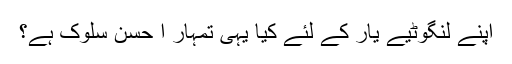
اپنے لنگوٹیے یار کے لئے کیا یہی تمہار ا حسنِ سلوک ہے؟